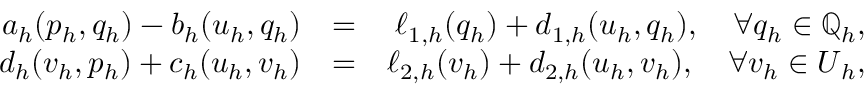
\begin{array} { r l r } { a _ { h } ( { p } _ { h } , { q } _ { h } ) - b _ { h } ( \boldsymbol { u } _ { h } , { q } _ { h } ) } & { = } & { \ell _ { 1 , h } ( { q } _ { h } ) + d _ { 1 , h } ( \boldsymbol { u } _ { h } , q _ { h } ) , \quad \forall { q } _ { h } \in \mathbb { Q } _ { h } , } \\ { d _ { h } ( \boldsymbol { v } _ { h } , { p } _ { h } ) + c _ { h } ( \boldsymbol { u } _ { h } , \boldsymbol { v } _ { h } ) } & { = } & { \ell _ { 2 , h } ( \boldsymbol { v } _ { h } ) + d _ { 2 , h } ( \boldsymbol { u } _ { h } , \boldsymbol { v } _ { h } ) , \quad \forall \boldsymbol { v } _ { h } \in \boldsymbol { U } _ { h } , } \end{array}